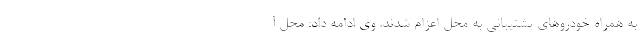
به همراه خودروهای پشتیبانی به محل اعزام شدند. وی ادامه داد: محل آ